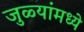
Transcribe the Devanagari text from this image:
जुळ्यांमध्ये